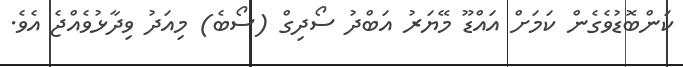
ކަންބޮޑުވެގެން ކަމަށް އައްޑޫ މޭޔަރު އަބްދު ސޯދިގް (ސޯބެ) މިއަދު ވިދާޅުވެއްޖެ އެވެ.